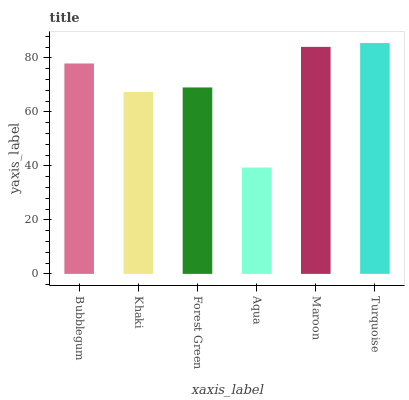
| xaxis_label | bars |
 | --- | --- |
 | Bubblegum | 78 |
 | Khaki | 67.4 |
 | Forest Green | 69.1 |
 | Aqua | 39.4 |
 | Maroon | 84.1 |
 | Turquoise | 85.5 |